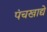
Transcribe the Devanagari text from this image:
पंचखाद्ये